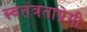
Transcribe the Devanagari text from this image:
स्वतंत्रताप्रेमी